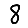
Digit: 8